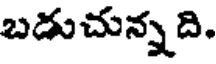
బడుచున్నది.